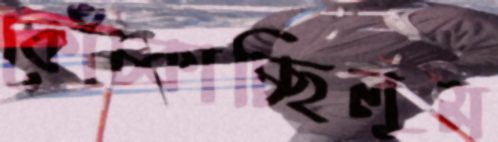
কোঁচ্‌কাচ্ছিলুম